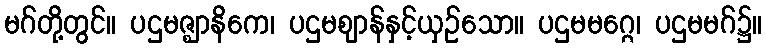
မဂ်တို့တွင်။ ပဌမဇ္ဈာနိကေ၊ ပဌမဈာန်နှင့်ယှဉ်သော။ ပဌမမဂ္ဂေ၊ ပဌမမဂ်၌။